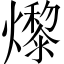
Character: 𤑬